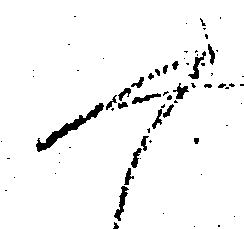
へ